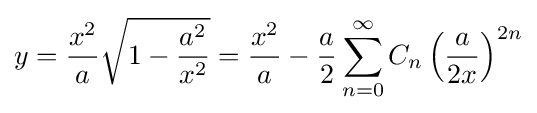
y={\frac {x^{2}}{a}}{\sqrt {1-{\frac {a^{2}}{x^{2}}}}}={\frac {x^{2}}{a}}-{\frac {a}{2}}\sum _{n=0}^{\infty }C_{n}\left({\frac {a}{2x}}\right)^{2n}